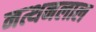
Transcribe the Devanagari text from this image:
नत्थनलाल